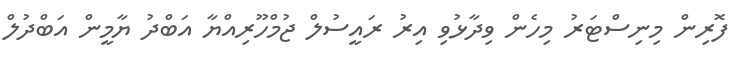
ފޮރިން މިނިސްޓަރު މިހެން ވިދާޅުވި އިރު ރައީސުލް ޖުމްހޫރިއްޔާ އަބްދު ޔާމީން އަބްދުލް